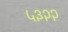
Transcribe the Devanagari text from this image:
५३२२